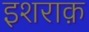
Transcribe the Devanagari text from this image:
इशराक़